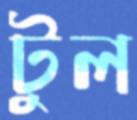
টুল